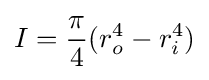
I={\frac {\pi }{4}}(r_{o}^{4}-r_{i}^{4})